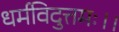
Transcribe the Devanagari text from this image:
धर्मविदुत्तमः।।